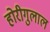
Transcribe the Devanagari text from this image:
होरीगुलाल